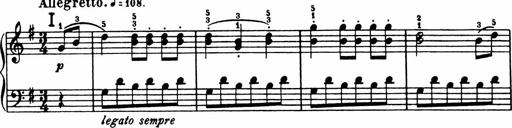
Title: Analytical Sonatinas
Composer: Frank Lynes